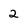
Character: 2